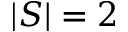
| S | = 2